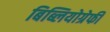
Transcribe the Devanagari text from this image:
बिब्लियोग्रेफी